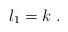
\begin{align*}l_1=k\ .\end{align*}